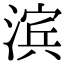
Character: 滨